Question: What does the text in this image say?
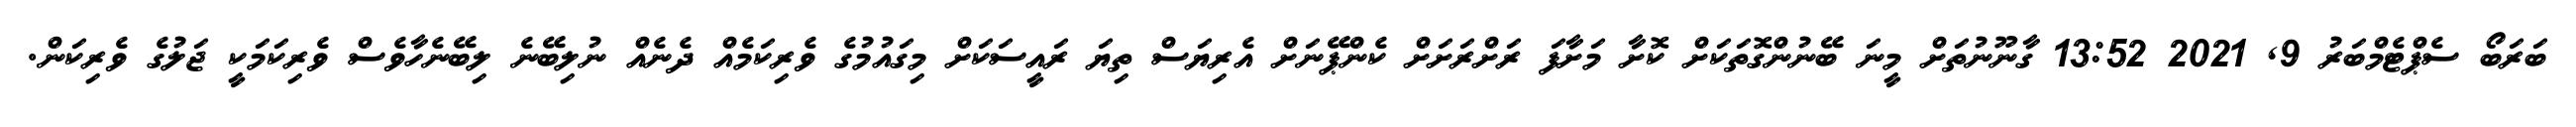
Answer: ބަރަބޯ ސެޕްޓެމްބަރު 9, 2021 13:52 ގާނޫނުތަށް މީނަ ބޭނުންގޮތަކަށް ކޮށާ މަށާފަ ރަށްރަށަށް ކެންޕޭނަށް އެރިޔަސް ތިޔަ ރައީސަކަށް މިގައުމުގެ ވެރިކަމެއް ދެނެއް ނުލިބޭނެ ލިބޭނެހާވެސް ވެރިކަމަކީ ޖަލުގެ ވެރިކަން.